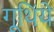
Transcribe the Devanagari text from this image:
गूथिंये